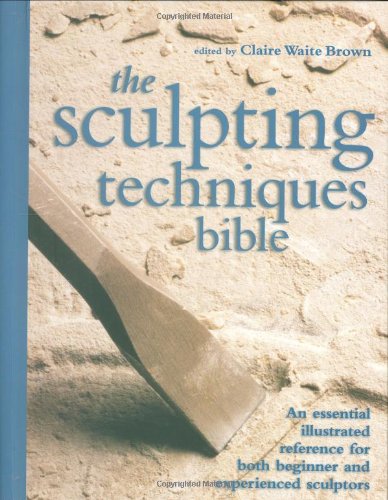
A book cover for The Sculpting Techniques Bible: An Essential Illustrated Reference for Both Beginner and Experienced Sculptors; Arts & Photography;